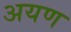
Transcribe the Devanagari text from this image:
अयण